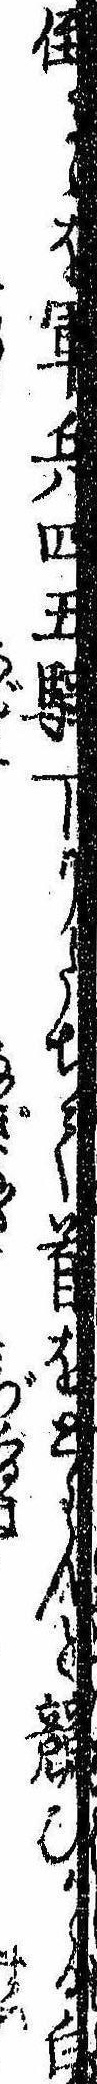
倒るゝを軍兵四五騎りたちて首をとらんと競ひかゝる白